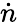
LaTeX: \dot{n}